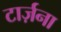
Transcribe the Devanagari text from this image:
टार्ज़ना